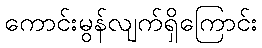
ကောင်းမွန်လျက်ရှိကြောင်း